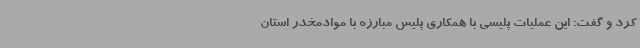
کرد و گفت: این عملیات پلیسی با همکاری پلیس مبارزه با موادمخدر استان